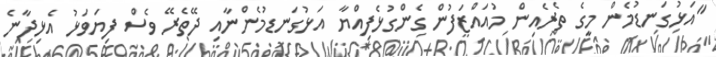
"އަޅުގަނޑުމެން މީގެ ތެރެއިން މުއައްޒަފުން ގެންގުޅެފިއްޔާ އަޅުގަނޑުމެންނާއި ދޭތެރޭ ވެސް ފިޔަވަޅު އެޅިދާނެ